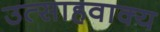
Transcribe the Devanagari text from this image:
उत्साहवाक्य